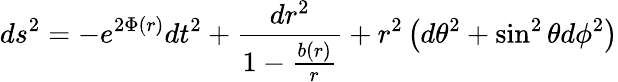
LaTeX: ds^{2}=-e^{2\Phi(r)}dt^{2}+\frac{dr^{2}}{1-\frac{b(r)}{r}}+r^{2}\left(d\theta^{2}+\sin^{2}\theta d\phi^{2}\right)